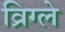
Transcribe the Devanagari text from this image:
व्रिग्ले